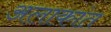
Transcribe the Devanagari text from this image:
अलाकांत